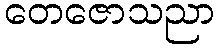
တေဇောသညာ